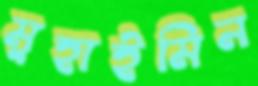
মুহাইমিন